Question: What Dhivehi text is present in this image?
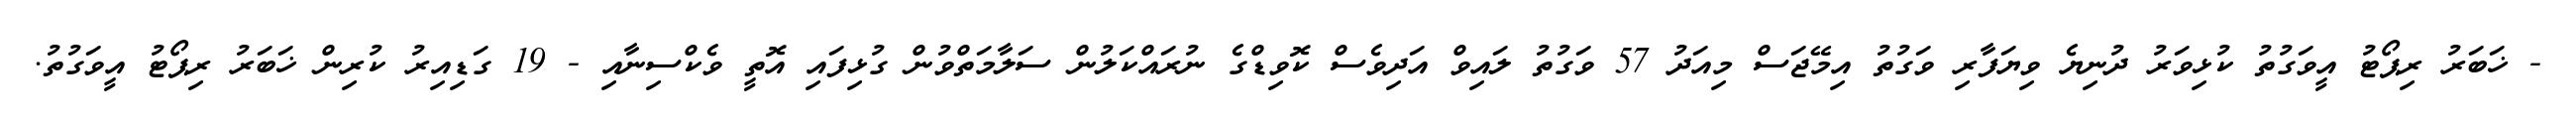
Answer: - ޚަބަރު ރިޕޯޓު އީވަގުތު ކުޅިވަރު ދުނިޔެ ވިޔަފާރި ވަގުތު އިމޭޖަސް މިއަދު 57 ވަގުތު ލައިވް އަދިވެސް ކޮވިޑްގެ ނުރައްކަލުން ސަލާމަތްވުން ގުޅިފައި އޮތީ ވެކްސިނާއި - 19 ގަޑިއިރު ކުރިން ޚަބަރު ރިޕޯޓު އީވަގުތު.